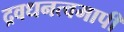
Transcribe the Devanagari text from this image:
द्रवधनत्वमापी